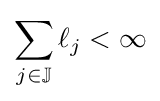
\sum _{j\in \mathbb {J} }{\ell _{j}}<\infty